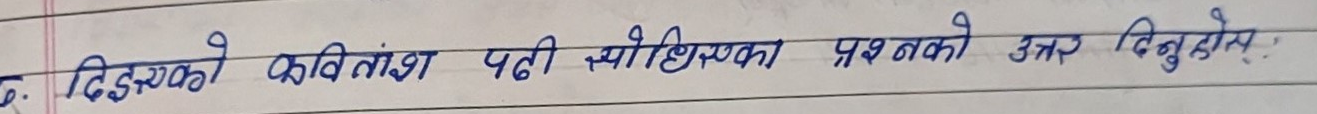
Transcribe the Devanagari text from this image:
डिङरको कवितांश पढी सोधिएका प्रश्न नको उत्तर दिनुहोस्: